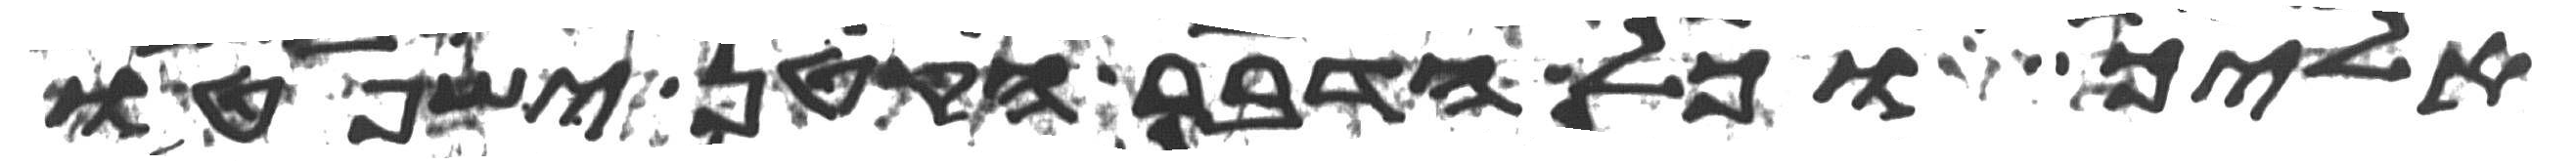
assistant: אליך וכל הדבר הקטן ישפטו